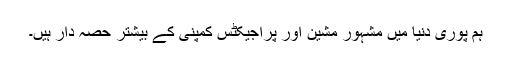
ہم پوری دنیا میں مشہور مشین اور پراجیکٹس کمپنی کے بیشتر حصہ دار ہیں۔